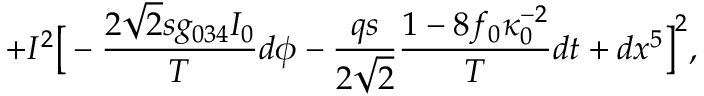
+ I ^ { 2 } \big [ - { \frac { 2 \sqrt 2 s g _ { 0 3 4 } I _ { 0 } } { T } } d \phi - { \frac { q s } { 2 \sqrt 2 } } { \frac { 1 - 8 f _ { 0 } \kappa _ { 0 } ^ { - 2 } } { T } } d t + d x ^ { 5 } \big ] ^ { 2 } ,